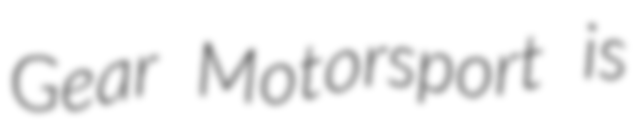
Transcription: Gear Motorsport is